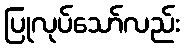
ပြုလုပ်သော်လည်း